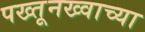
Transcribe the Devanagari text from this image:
पख्तूनख्वाच्या